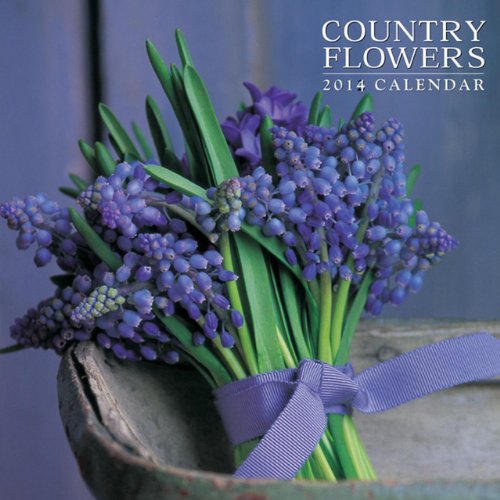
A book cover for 2014 Calendar: Country Flowers: 12-Month Calendar Featuring Stunning Photographs Of Seasonal Flower Arrangements; Peony Press; Calendars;